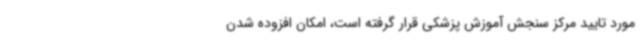
مورد تایید مرکز سنجش آموزش پزشکی قرار گرفته است، امکان افزوده شدن